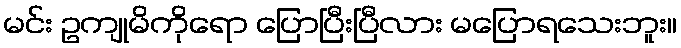
မင်း ဥကျုမိကိုရော ပြောပြီးပြီလား မပြောရသေးဘူး။